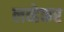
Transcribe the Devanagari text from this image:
लव्हेकर